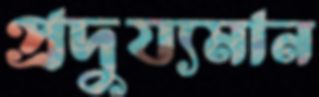
প্রদুয্যমান